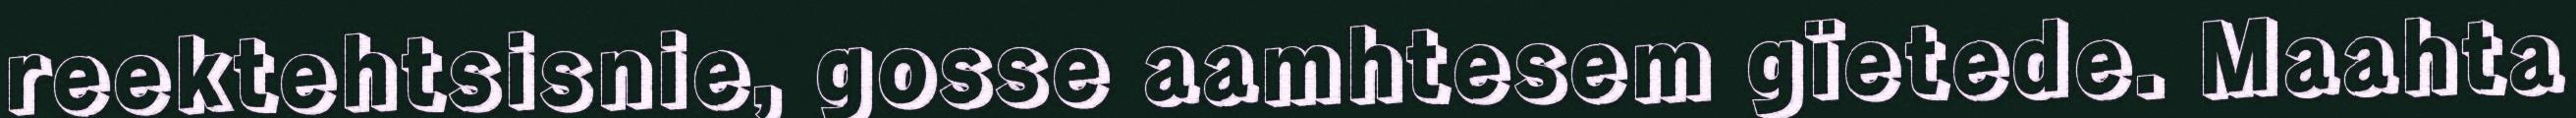
reektehtsisnie, gosse aamhtesem gïetede. Maahta